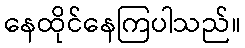
နေထိုင်နေကြပါသည်။